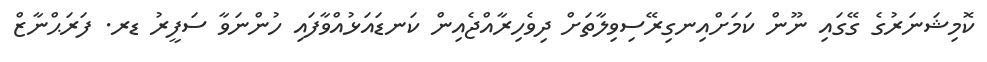
ކޮމިޝަނަރުގެ ގޭގައި ނޫން ކަމަށްއިނގިރޭސިވިލާތަށް ދިވެހިރާއްޖެއިން ކަނޑައަޅުއްވާފައި ހުންނަވާ ސަފީރު ޑރ. ފަރަޙްނާޒް